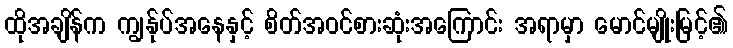
ထိုအချိန်က ကျွန်ုပ်အနေနှင့် စိတ်အဝင်စားဆုံးအကြောင်း အရာမှာ မောင်မျိုးမြင့်၏